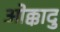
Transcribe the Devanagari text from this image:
ओक्कादु